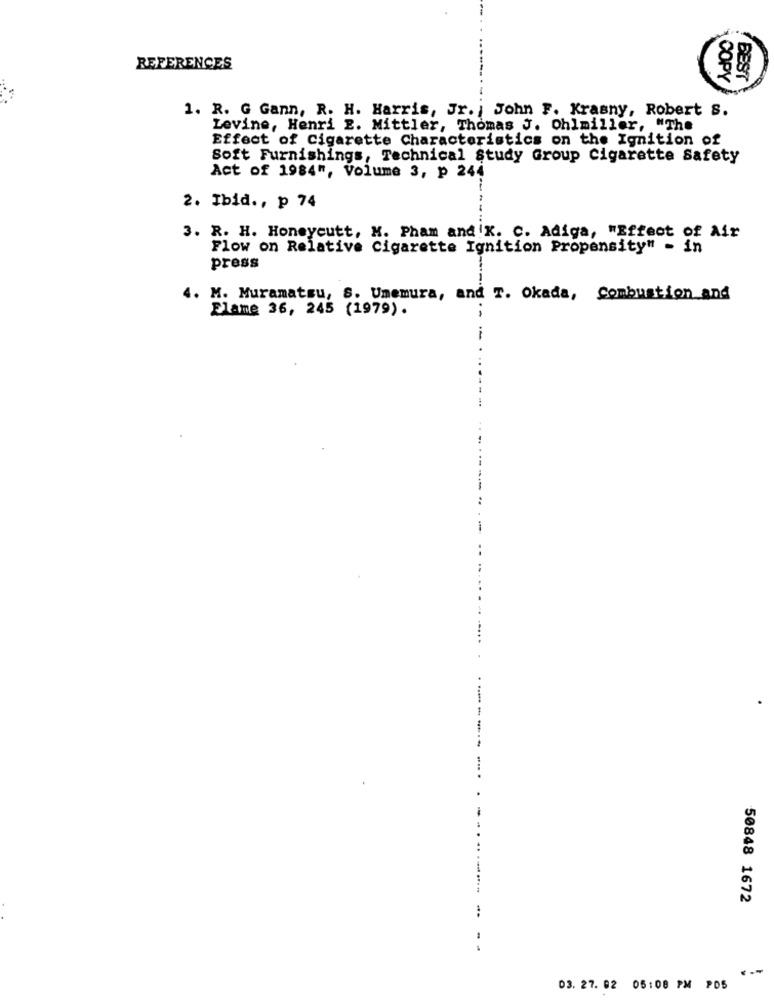
REFERENCES
COPY
BEST
1. R. G Gann, R. H. Harris, Jr. , John F. Krasny, Robert S.
Levine, Henri E. Mittler, Thomas J. Ohlmiller, "The
Effect of Cigarette Characteristics on the Ignition of
Soft Furnishings, Technical Study Group Cigarette Safety
Act of 1984", Volume 3, p 244
2. Ibid ., p 74
3. R. H. Honeycutt, M. Pham and!K. C. Adiga, "Effect of Air
Flow on Relative Cigarette Ignition Propensity" - in
press
4. M. Muramatsu, S. Unemura, and T. Okada, Combustion and
Flame 36, 245 (1979).
-
50848 1672
03. 27. 02 05:08 PM PDS